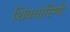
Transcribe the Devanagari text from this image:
शिवधारिणी